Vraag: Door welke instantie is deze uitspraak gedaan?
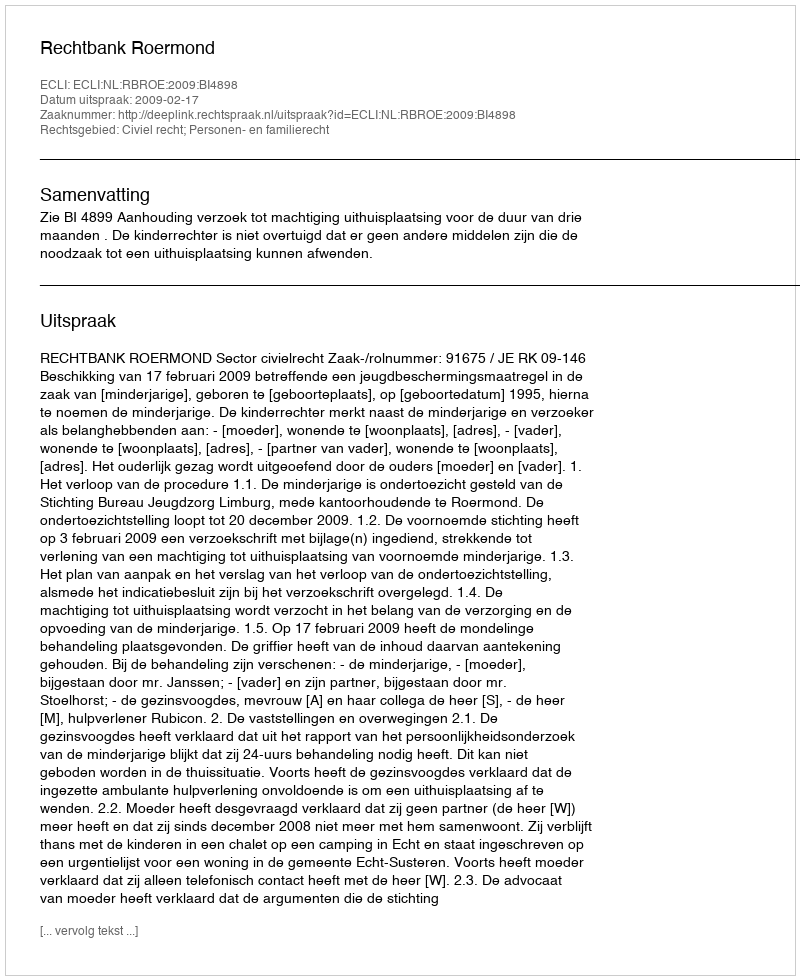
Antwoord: Rechtbank Roermond